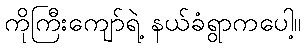
ကိုကြီးကျော်ရဲ့ နယ်ခံရွာကပေါ့။